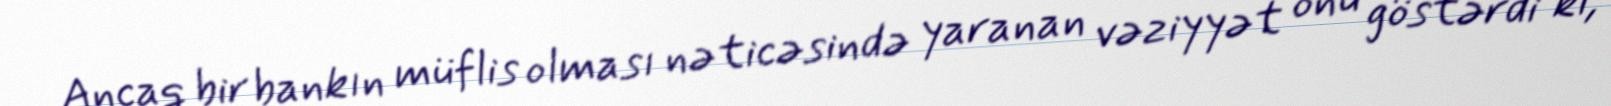
Ancaq bir bankın müflis olması nəticəsində yaranan vəziyyət onu göstərdi ki,